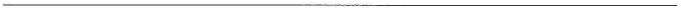
___